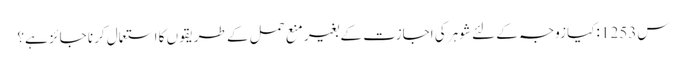
س1253 :کیا زوجہ کے لئے شوہر کی اجازت کے بغیر منع حمل کے طریقوں کا استعمال کرنا جائز ہے؟